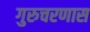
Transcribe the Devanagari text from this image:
गुरुचरणास